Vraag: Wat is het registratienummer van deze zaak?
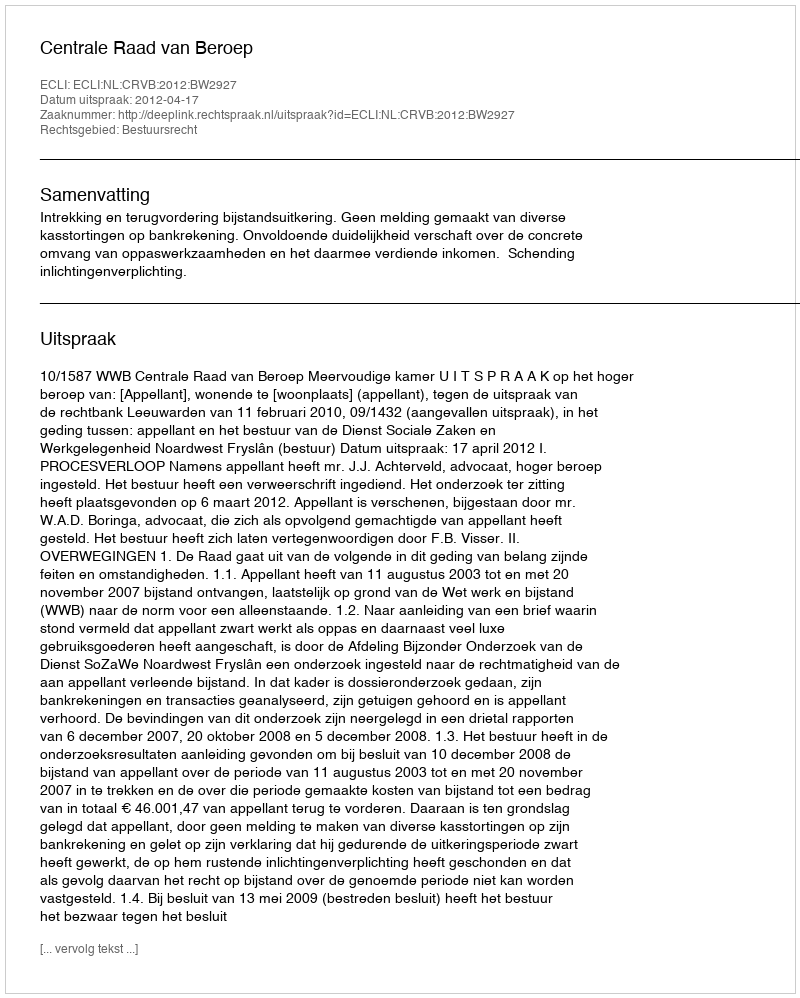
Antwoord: http://deeplink.rechtspraak.nl/uitspraak?id=ECLI:NL:CRVB:2012:BW2927